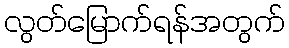
လွတ်မြောက်ရန်အတွက်